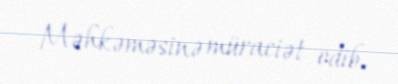
Məhkəməsinə müraciət edib.